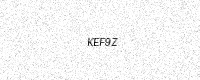
Text: KEF9Z